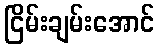
ငြိမ်းချမ်းအောင်